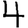
Digit: 4